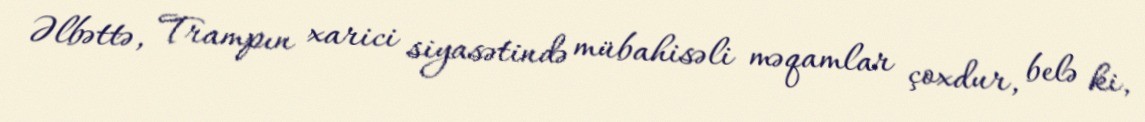
Əlbəttə, Trampın xarici siyasətində mübahisəli məqamlar çoxdur, belə ki,